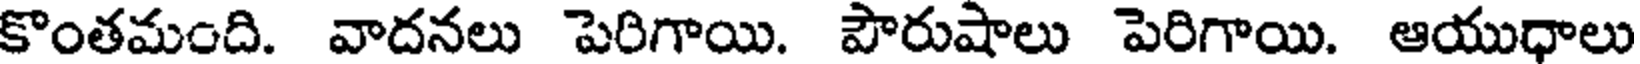
కొంతమంది. వాదనలు పెరిగాయి. పౌరుషాలు పెరిగాయి. ఆయుధాలు